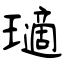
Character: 瓋